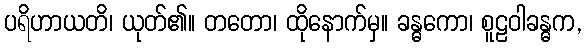
ပရိဟာယတိ၊ ယုတ်၏။ တတော၊ ထိုနောက်မှ။ ခန္ဓကော၊ စူဠဝါခန္ဓက,